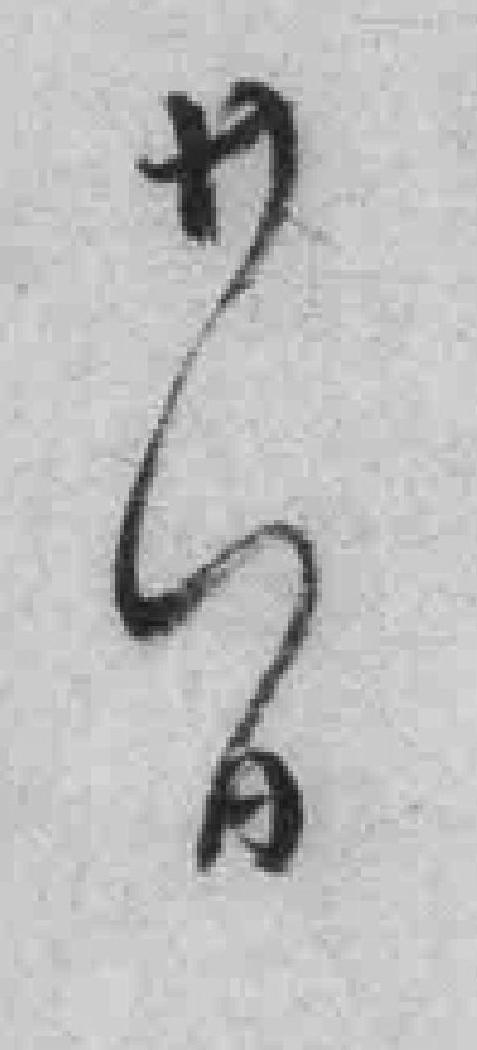
卄日